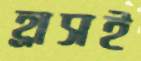
হ্রাসই